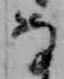
な